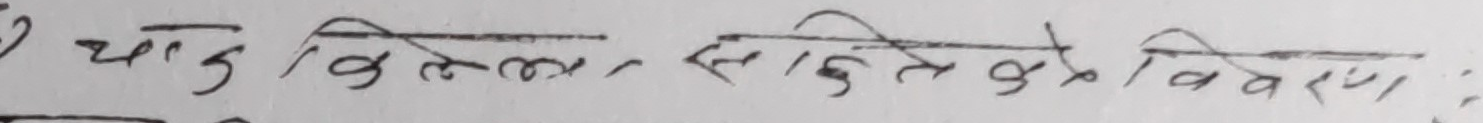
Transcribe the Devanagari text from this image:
च्याउँ बिलको स्थिति को विवरण